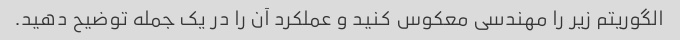
الگوریتم زیر را مهندسی معکوس کنید و عملکرد آن را در یک جمله توضیح دهید.